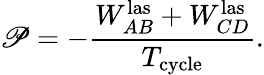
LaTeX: \mathscr{P}=-\frac{{W_{AB}^{\mathrm{{las}}}+W_{CD}^{\mathrm{{las}}}}}{{T_{\mathrm{{cycle}}}}}.